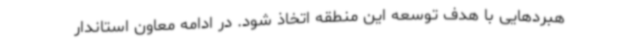
هبردهایی با هدف توسعه این منطقه اتخاذ شود. در ادامه معاون استاندار